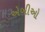
એબીઓ